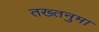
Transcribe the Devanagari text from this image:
तख्तनुमा